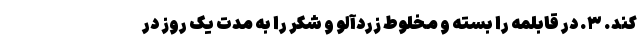
کند. ۳. در قابلمه را بسته و مخلوط زردآلو و شکر را به مدت یک روز در